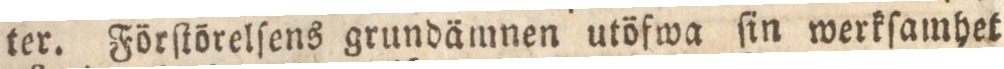
ter. Förſtörelſens grundämnen utöfwa ſin werkſamhet